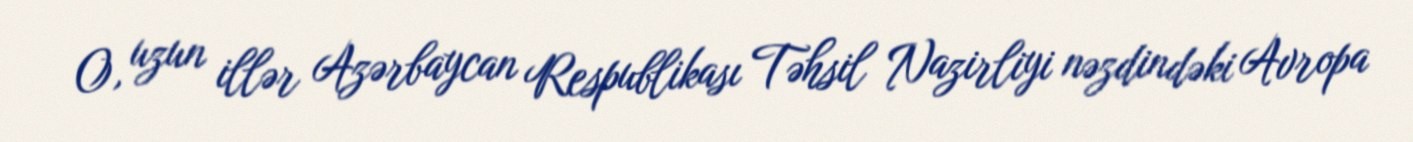
O, uzun illər Azərbaycan Respublikası Təhsil Nazirliyi nəzdindəki Avropa